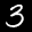
Digit: 3